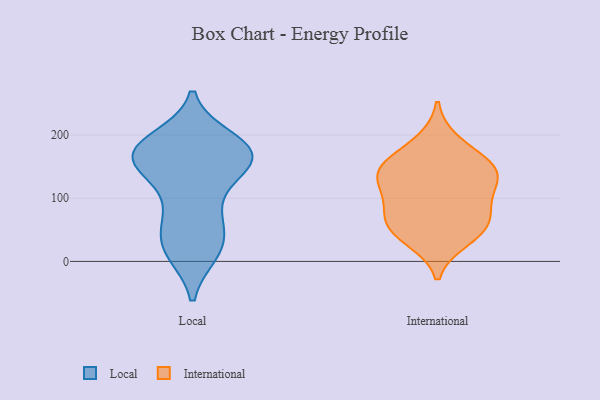
{"axis": {"x": "Gross Profit (USD K)", "y": "Value"}, "legend": ["International", "Local"], "data": [{"x": "", "y": 67, "type": "Local"}, {"x": "", "y": 174, "type": "Local"}, {"x": "", "y": 18, "type": "Local"}, {"x": "", "y": 155, "type": "Local"}, {"x": "", "y": 162, "type": "Local"}, {"x": "", "y": 21, "type": "Local"}, {"x": "", "y": 124, "type": "Local"}, {"x": "", "y": 192, "type": "Local"}, {"x": "", "y": 26, "type": "Local"}, {"x": "", "y": 145, "type": "Local"}, {"x": "", "y": 180, "type": "Local"}, {"x": "", "y": 172, "type": "Local"}, {"x": "", "y": 61, "type": "Local"}, {"x": "", "y": 164, "type": "Local"}, {"x": "", "y": 159, "type": "Local"}, {"x": "", "y": 177, "type": "Local"}, {"x": "", "y": 15, "type": "Local"}, {"x": "", "y": 183, "type": "Local"}, {"x": "", "y": 81, "type": "Local"}, {"x": "", "y": 80, "type": "International"}, {"x": "", "y": 108, "type": "International"}, {"x": "", "y": 150, "type": "International"}, {"x": "", "y": 146, "type": "International"}, {"x": "", "y": 148, "type": "International"}, {"x": "", "y": 189, "type": "International"}, {"x": "", "y": 35, "type": "International"}, {"x": "", "y": 69, "type": "International"}, {"x": "", "y": 118, "type": "International"}, {"x": "", "y": 57, "type": "International"}, {"x": "", "y": 47, "type": "International"}, {"x": "", "y": 142, "type": "International"}]}